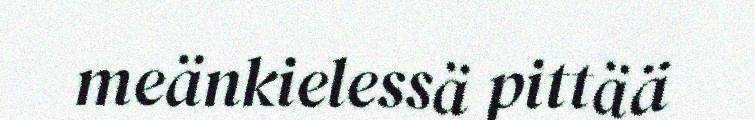
meänkielessä pittää